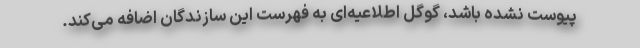
پیوست نشده باشد، گوگل اطلاعیه‌ای به فهرست این سازندگان اضافه می‌کند.